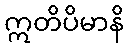
ဣတိပိမာနိ